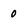
Character: 0